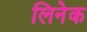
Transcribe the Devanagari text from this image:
लिनेक